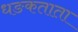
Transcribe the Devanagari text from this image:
धङकताता